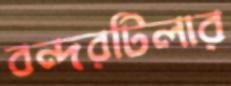
বন্দরটিলার